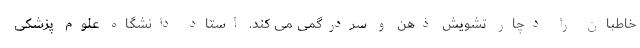
خاطبان را دچار تشویش ذهن و سردرگمی می کند. استاد دانشگاه علوم پزشکی